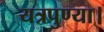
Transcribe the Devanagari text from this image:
यत्रपुण्या।